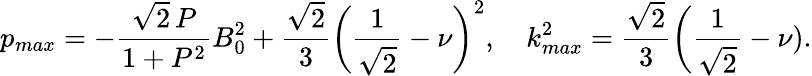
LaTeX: p_{max}=-\frac{\sqrt{2}\, P}{1+P^{2}}B_{0}^{2}+\frac{\sqrt{2}}{3}\biggl(\frac{1}{\sqrt{2}}-\nu\biggr)^{2},\quad k_{max}^{2}=\frac{\sqrt{2}}{3}\biggl(\frac{1}{\sqrt{2}}-\nu).